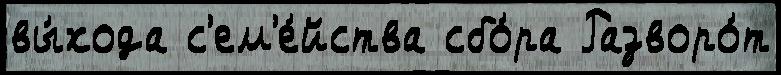
вы́хода с'ем'е́йства сбо́ра Разворо́т